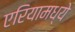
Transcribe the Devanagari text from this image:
एरियामध्ये